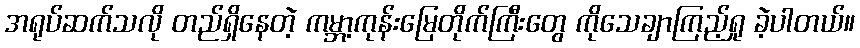
အရုပ်ဆက်သလို တည်ရှိနေတဲ့ ကမ္ဘာ့ကုန်းမြေတိုက်ကြီးတွေ ကိုသေချာကြည့်ရှု ခဲ့ပါတယ်။